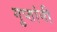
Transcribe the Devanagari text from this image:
गुप्तांनी